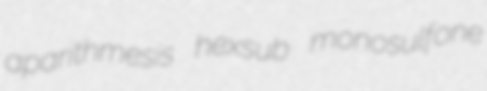
aparithmesis hexsub monosulfone